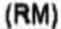
(RM)